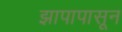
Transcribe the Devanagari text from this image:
झापापासून